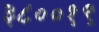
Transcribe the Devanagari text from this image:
३८००१९